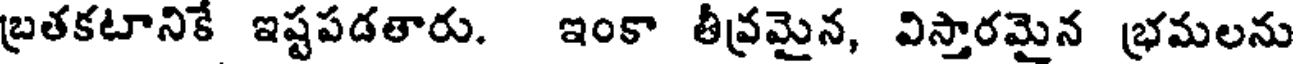
బ్రతకటానిక ఇష్టపడతారు. ఇంకా తీవ్రమైన, విస్తారమైన భ్రమలను